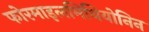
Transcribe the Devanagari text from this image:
फोरमाइलमिथियोनिन